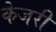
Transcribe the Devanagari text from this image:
केजरी